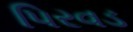
પિરવડ